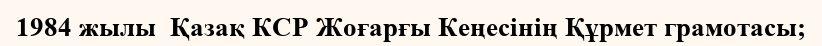
1984 жылы  Қазақ КСР Жоғарғы Кеңесінің Құрмет грамотасы;